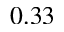
0 . 3 3